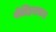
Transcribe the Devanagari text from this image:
पेलिहराकन